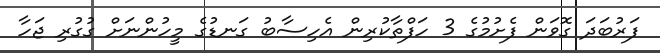
ފަރުބަދަ ގޮވަން ފެށުމުގެ 3 ހަފްތާކުރިން އެހިސާބު ގަނޑުގެ މީހުންނަށް ގުގުރި ޖަހާ